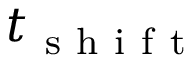
t _ { \mathrm { ~ s ~ h ~ i ~ f ~ t ~ } }